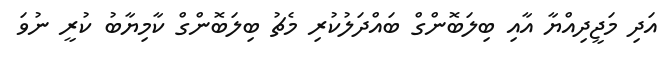
އަދި މަޖީދިއްޔާ އާއި ބިލަބޮންގް ބައްދަލުކުރި މެޗު ބިލަބޮންގް ކާމިޔާބު ކުރީ ނުވަ